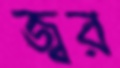
জ্বর